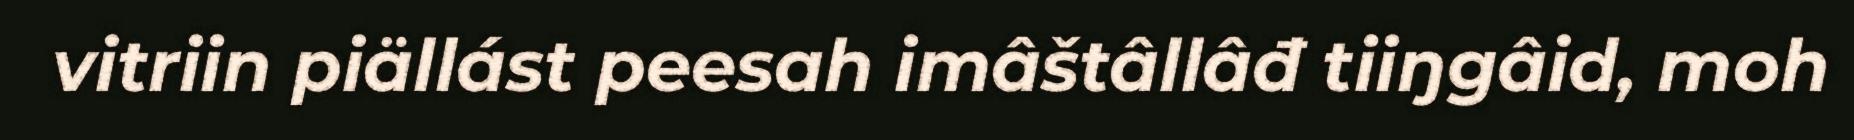
vitriin piällást peesah imâštâllâđ tiiŋgâid, moh